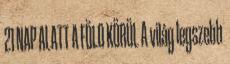
21 NAP ALATT A FÖLD KÖRÜL A világ legszebb